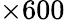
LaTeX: \times 600